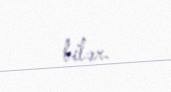
bilər.